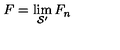
F = \lim _ { \mathcal { S } ^ { \prime } } F _ { n }